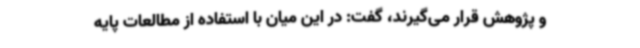
و پژوهش قرار می‌گیرند، گفت: در این میان با استفاده از مطالعات پایه